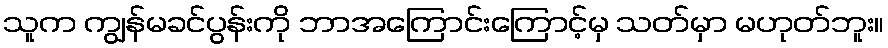
သူက ကျွန်မခင်ပွန်းကို ဘာအကြောင်းကြောင့်မှ သတ်မှာ မဟုတ်ဘူး။